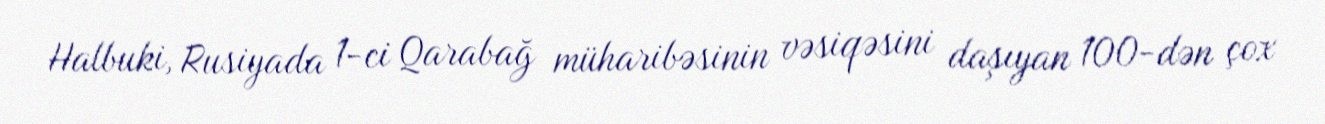
Halbuki, Rusiyada 1-ci Qarabağ müharibəsinin vəsiqəsini daşıyan 100-dən çox